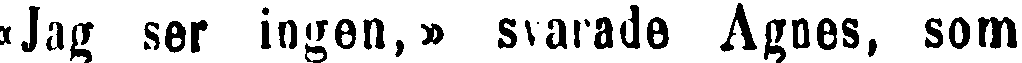
«Jag ser ingen,» svarade Agnes, som